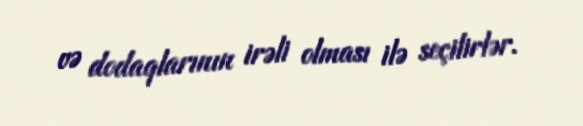
və dodaqlarının irəli olması ilə seçilirlər.